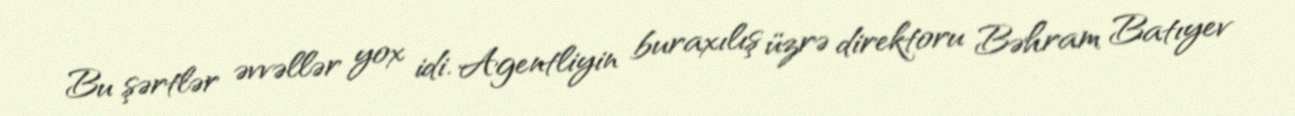
Bu şərtlər əvvəllər yox idi. Agentliyin buraxılış üzrə direktoru Bəhram Batıyev